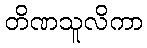
တိဏသူလိကာ